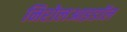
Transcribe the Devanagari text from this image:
निरोलआइडॉल